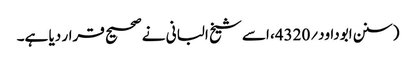
(سنن ابوداود؍4320، اسے شیخ البانی نے صحیح قرار دیا ہے۔